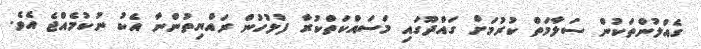
ގެއްލުންތަކުން ސަލާމަތް ކުރުމަށް ގައްދޫގައި މަސައްކަތްކުރާ ފުލުހުން ރައްޔިތުންނާ އެކު ނުކުމެއްޖެ އެވެ.